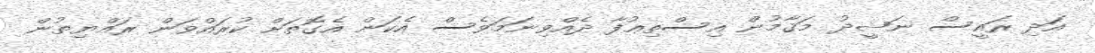
އަދި ރައީސް ނަޝީދު މަޤާމުން އިސްތިޢުފާ ދެއްވިނަމަވެސް އެކަން އެގޮތަށް ކުރައްވަން ރައްޔިތުން